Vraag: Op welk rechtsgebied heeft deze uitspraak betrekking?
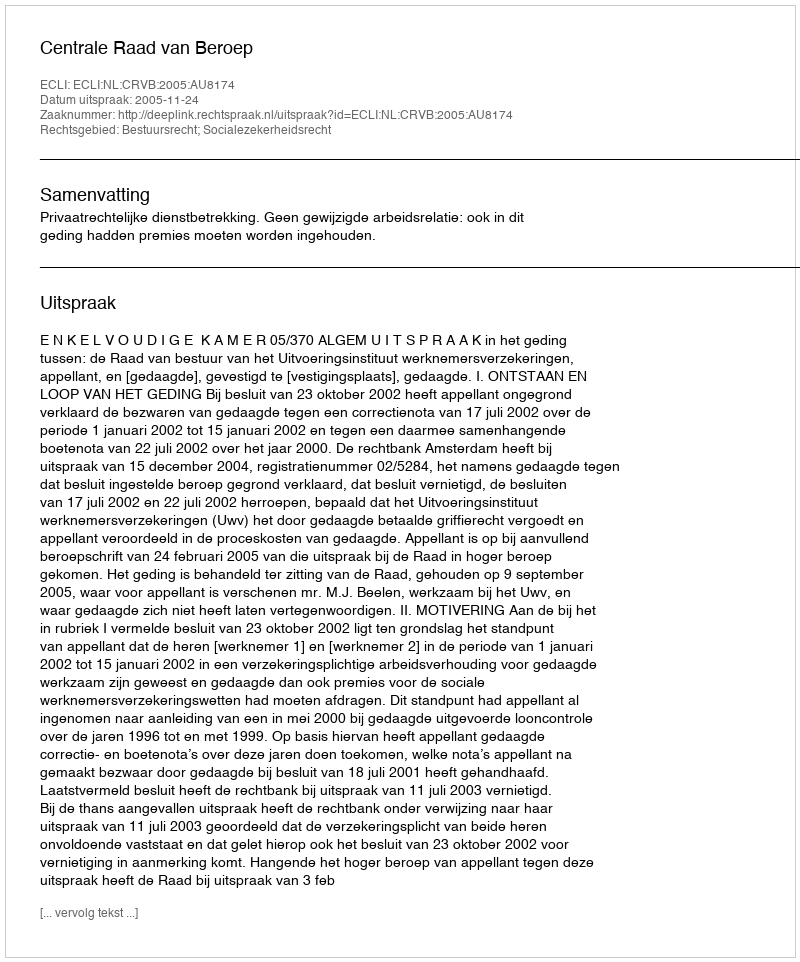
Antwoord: Bestuursrecht; Socialezekerheidsrecht